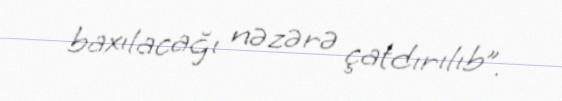
baxılacağı nəzərə çatdırılıb”.